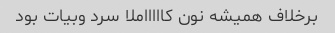
برخلاف همیشه نون کاااااملا سرد وبیات بود